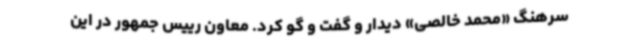
سرهنگ «محمد خالصی» دیدار و گفت و گو کرد. معاون رییس جمهور در این